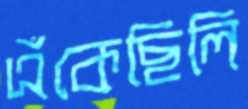
এঁকেছিলি